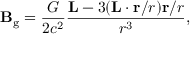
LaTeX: \mathbf { B } _ { \mathrm { g } } = { \frac { G } { 2 c ^ { 2 } } } { \frac { \mathbf { L } - 3 ( \mathbf { L } \cdot \mathbf { r } / r ) \mathbf { r } / r } { r ^ { 3 } } } ,